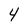
Character: 4